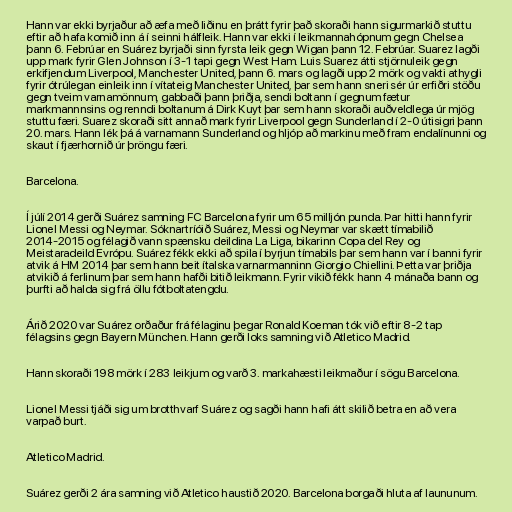
Hann var ekki byrjaður að æfa með liðinu en þrátt fyrir það skoraði hann sigurmarkið stuttu
eftir að hafa komið inn á í seinni hálfleik. Hann var ekki í leikmannahópnum gegn Chelsea
þann 6. Febrúar en Suárez byrjaði sinn fyrsta leik gegn Wigan þann 12. Febrúar. Suarez lagði
upp mark fyrir Glen Johnson í 3-1 tapi gegn West Ham. Luis Suarez átti stjörnuleik gegn
erkifjendum Liverpool, Manchester United, þann 6. mars og lagði upp 2 mörk og vakti athygli
fyrir ótrúlegan einleik inn í vítateig Manchester United, þar sem hann sneri sér úr erfiðri stöðu
gegn tveim varnamönnum, gabbaði þann þriðja, sendi boltann í gegnum fætur
markmannnsins og renndi boltanum á Dirk Kuyt þar sem hann skoraði auðveldlega úr mjög
stuttu færi. Suarez skoraði sitt annað mark fyrir Liverpool gegn Sunderland í 2-0 útisigri þann
20. mars. Hann lék þá á varnamann Sunderland og hljóp að markinu með fram endalínunni og
skaut í fjærhornið úr þröngu færi.

Barcelona.

Í júlí 2014 gerði Suárez samning FC Barcelona fyrir um 65 milljón punda. Þar hitti hann fyrir
Lionel Messi og Neymar. Sóknartríóið Suárez, Messi og Neymar var skætt tímabilið
2014-2015 og félagið vann spænsku deildina La Liga, bikarinn Copa del Rey og
Meistaradeild Evrópu. Suárez fékk ekki að spila í byrjun tímabils þar sem hann var í banni fyrir
atvik á HM 2014 þar sem hann beit ítalska varnarmanninn Giorgio Chiellini. Þetta var þriðja
atvikið á ferlinum þar sem hann hafði bitið leikmann. Fyrir vikið fékk hann 4 mánaða bann og
þurfti að halda sig frá öllu fótboltatengdu.

Árið 2020 var Suárez orðaður frá félaginu þegar Ronald Koeman tók við eftir 8-2 tap
félagsins gegn Bayern München. Hann gerði loks samning við Atletico Madrid.

Hann skoraði 198 mörk í 283 leikjum og varð 3. markahæsti leikmaður í sögu Barcelona.

Lionel Messi tjáði sig um brotthvarf Suárez og sagði hann hafi átt skilið betra en að vera
varpað burt.

Atletico Madrid.

Suárez gerði 2 ára samning við Atletico haustið 2020. Barcelona borgaði hluta af laununum.